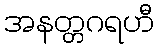
အနတ္တဂရဟီ